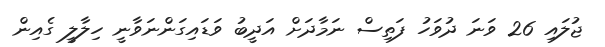
ޖުލައި 26 ވަނަ ދުވަހު ފަތިސް ނަމާދަށް އަދީބު ވަޑައިގަންނަވާނީ ހިލާލީ ގެއިން